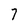
Character: 7